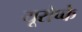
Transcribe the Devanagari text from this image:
यूरोप्के